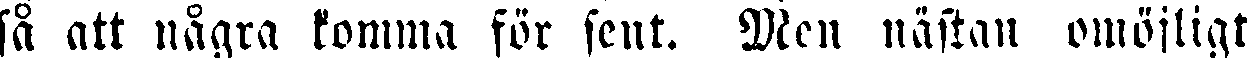
så att några komma för sent. Men nästan omöjligt